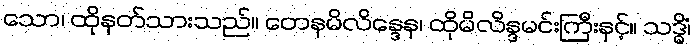
သော၊ ထိုနတ်သားသည်။ တေနမိလိန္ဒေန၊ ထိုမိလိန္ဒမင်းကြီးနှင့်။ သဒ္ဓိံ၊